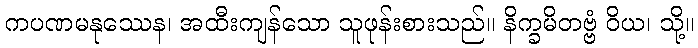
ကပဏမနုဿေန၊ အထီးကျန်သော သူဖုန်းစားသည်။ နိက္ခမိတဗ္ဗံ ဝိယ၊ သို့။